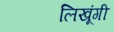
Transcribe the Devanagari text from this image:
लिखूंगी